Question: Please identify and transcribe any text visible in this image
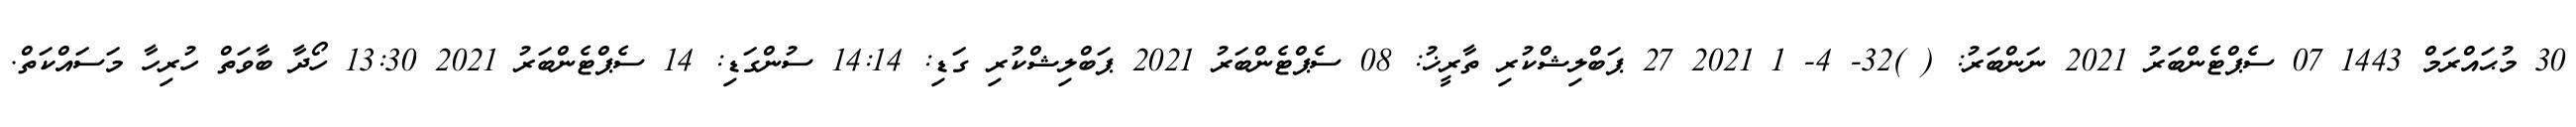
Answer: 30 މުޙައްރަމް 1443 07 ސެޕްޓެންބަރު 2021 ނަންބަރު: ( )32- 4- 1 2021 27 ޕަބްލިޝްކުރި ތާރީޚު: 08 ސެޕްޓެންބަރު 2021 ޕަބްލިޝްކުރި ގަޑި: 14:14 ސުންގަޑި: 14 ސެޕްޓެންބަރު 2021 13:30 ހޯދާ ބާވަތް ހުރިހާ މަސައްކަތް.